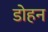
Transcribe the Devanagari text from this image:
डोहन